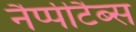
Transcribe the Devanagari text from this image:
नैप्पीटैब्स